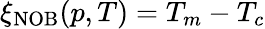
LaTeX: \xi_{\mathrm{NOB}}(p,T)=T_{m}-T_{c}